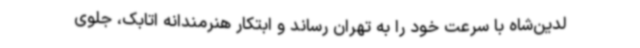
لدین‌شاه با سرعت خود را به تهران رساند و ابتکار هنرمندانه اتابک، جلوی